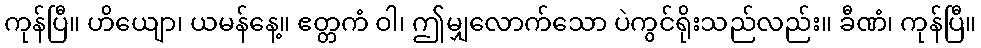
ကုန်ပြီ။ ဟိယျော၊ ယမန်နေ့။ ဧတ္တကံ ဝါ၊ ဤမျှလောက်သော ပဲကွင်ရိုးသည်လည်း။ ခီဏံ၊ ကုန်ပြီ။